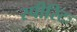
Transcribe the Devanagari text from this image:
स्पीरिटः